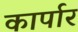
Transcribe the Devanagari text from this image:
कार्पार